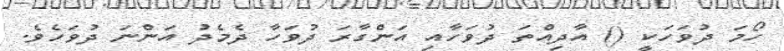
ހޯމަ ދުވަހަކީ () އާދިއްތަ ދުވަހާއި އަންގާރަ ދުވަހާ ދެމެދު އަންނަ ދުވަހެވެ.